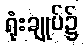
ရုံးချုပ်၌